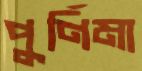
পুর্ণিমা